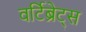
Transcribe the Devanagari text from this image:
वर्टिब्रेट्स